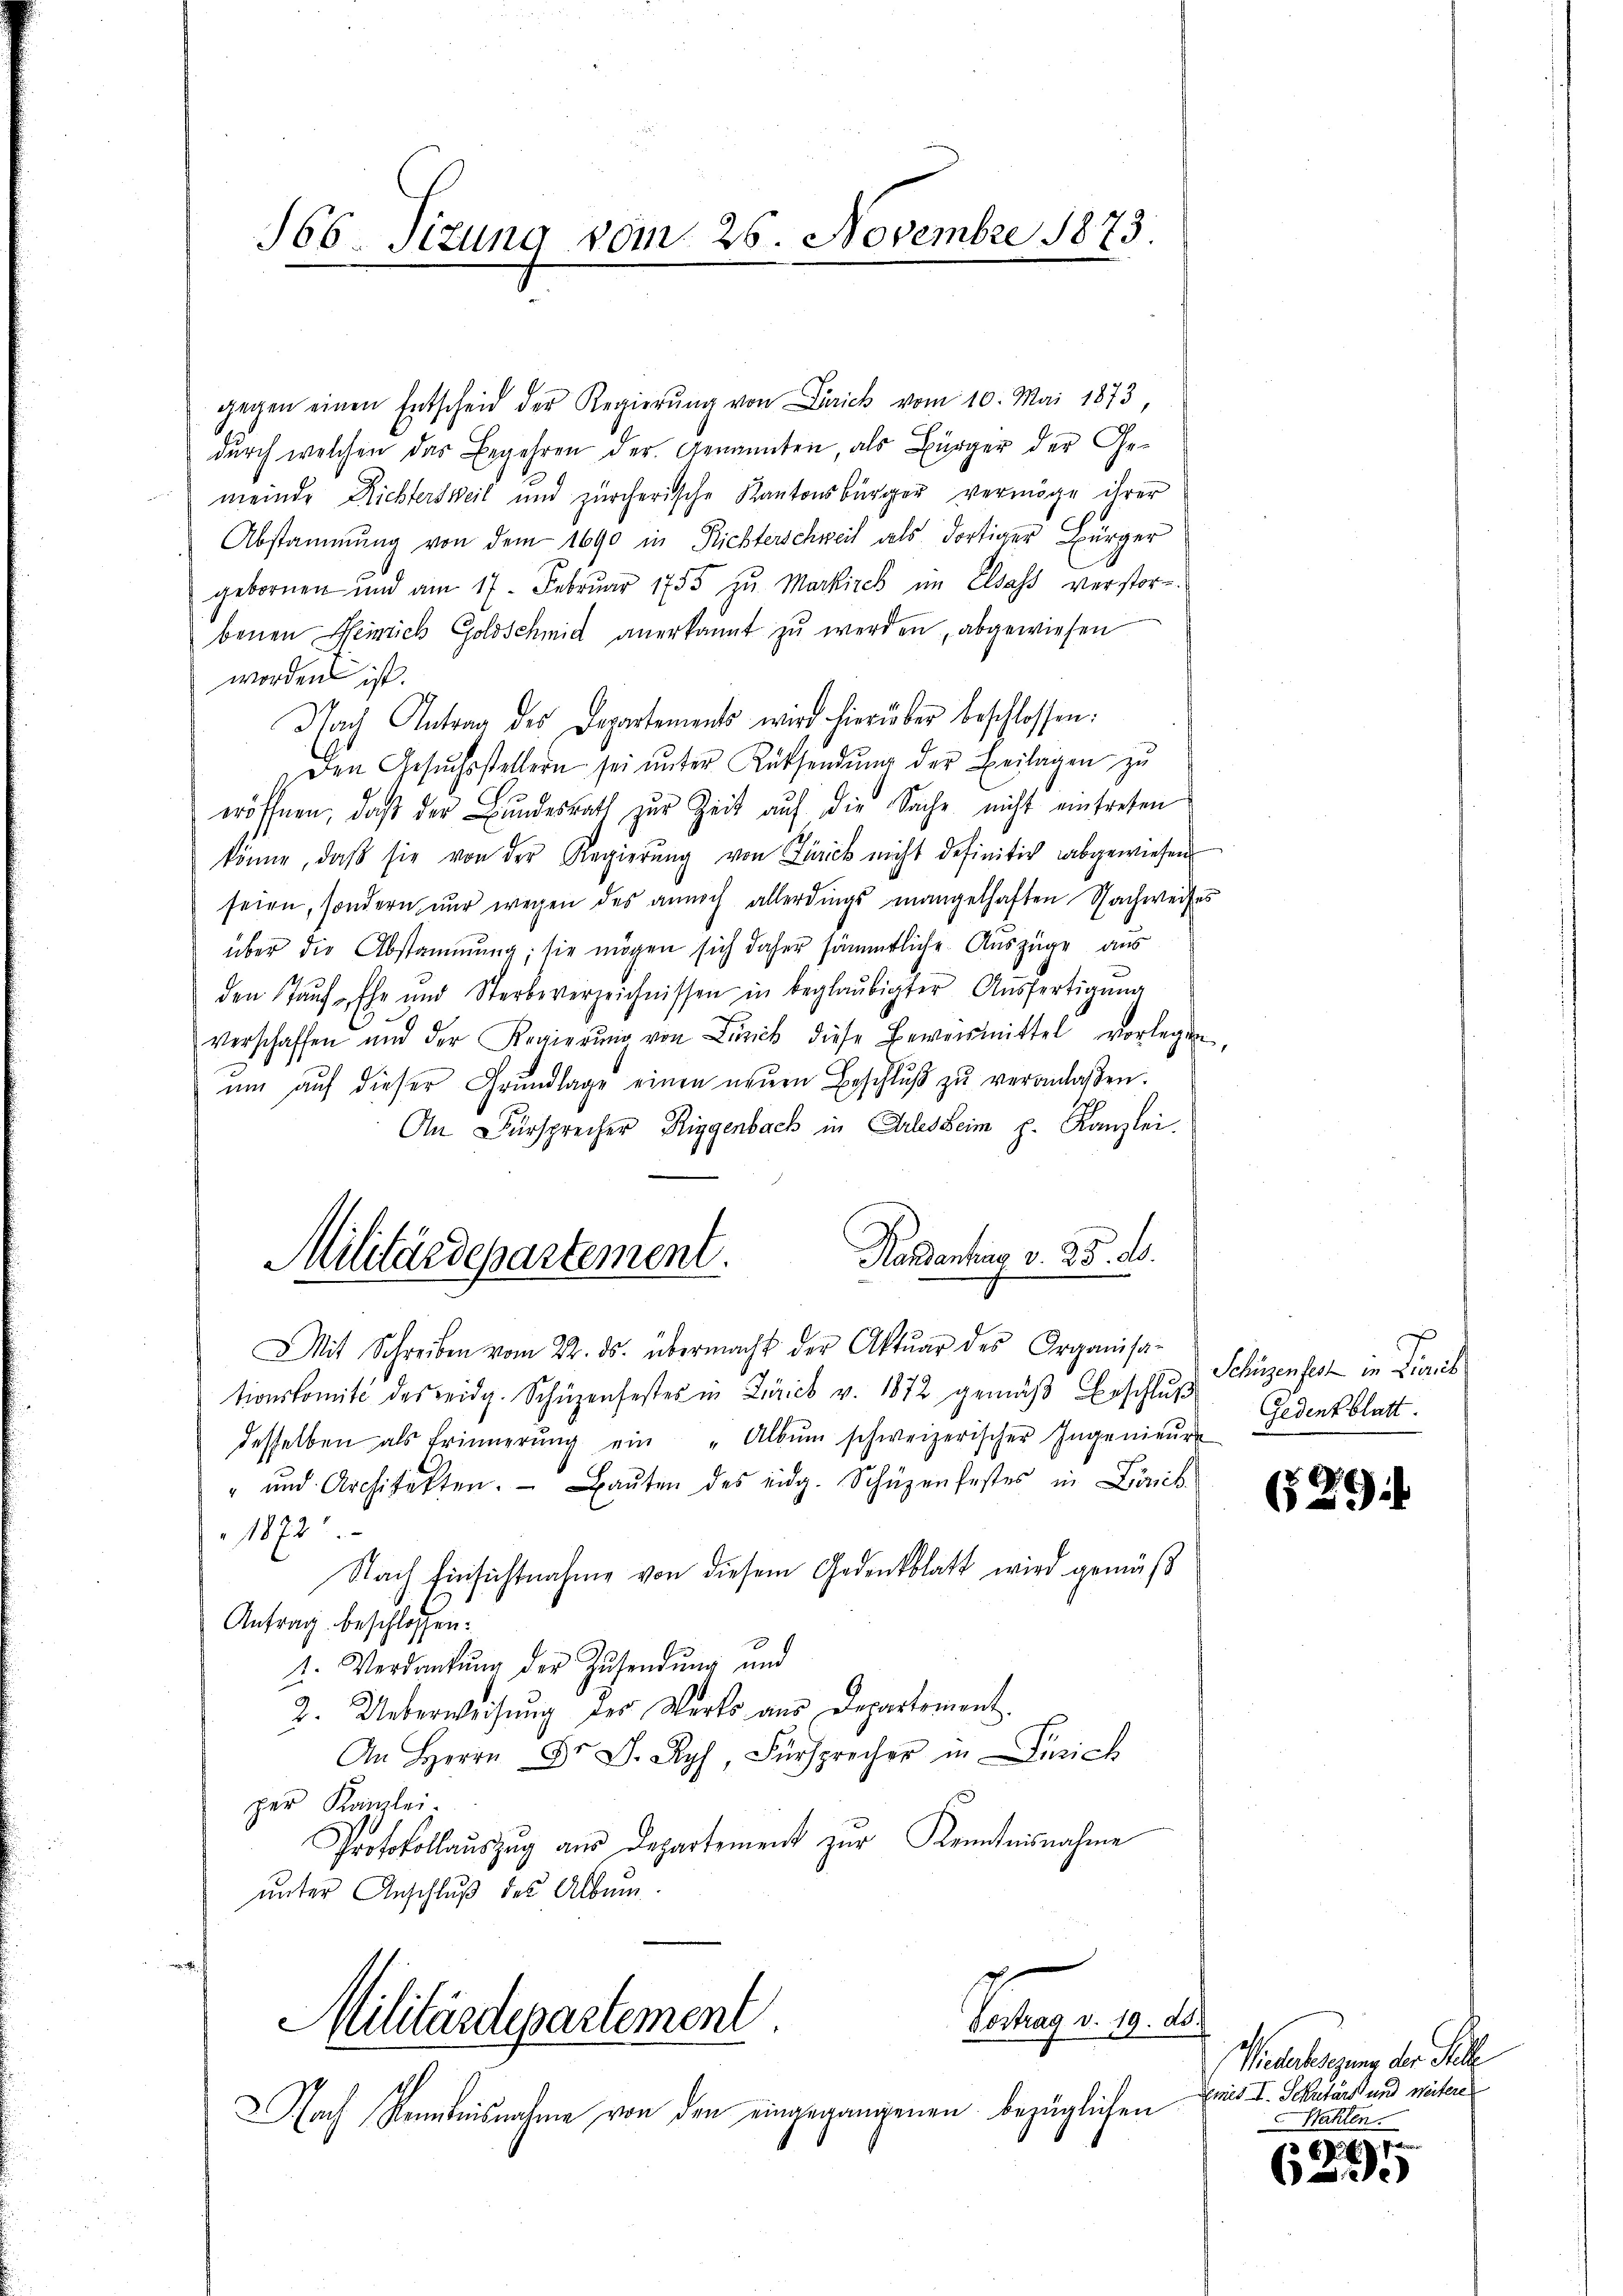
166. Sizung vom 26. Novembre 1873.

gegen einen Entscheid der Regierŭng von Frick vom 10. Mai 1873,
durch welchen das Begehren der Genannten, als Bürger der Gemeinde Richtersweil und zürcherische Kantonsbürger vermöge ihrer
Abstammung von dem 1690 in Richterschweil als dortiger Bürger
gebornen und am 17. Februar 1755 zu Markirch im Elsass verstor-
benen Heinrich Goldschmid anerkannt zu werden, abgewiesen
worden ist.
Nach Antrag des Departements wird hierüber beschlossen:
Den Gesuchsstellern sei ŭnter Rücksendung der Beilagen zu
eröffnen, daβ der Bŭndesrath zŭr Zeit aŭf die Sache nicht eintreten
könne, daβ sie von der Regierŭng von Zürick nicht definitiv abgewiesen
seien, sondern nur wegen des annoch allerdings mangelhaften Nachweises
über die Abstammung, sie mögen sich daher sämmtliche Auszüge aus
den Tauf- Ehe und Sterbeverzeichnissen in beglaubigter Aŭsfertigung
verschaffen und der Regierŭng von Zürich diese Beweismittel vorlegen,
ŭm aŭf dieser Grŭndlage einen neŭen Beschlŭβ zŭ veranlassen.
An Fürsprecher Riggenbach in Arlesheim p. Kanzlei.
Handenten v. 25. d.
Mit Schreiben vom 22. ds. übermacht der Aktuar des Organisa-
tionskomité des eidg. Schüzenfestes in Zürich v. 1872 gemäβ beschlŭβ
desselben als Erinnerŭng ein "Albŭm schweizerischer Ingenieŭr
" und Architekten. Baŭten des eidg. Schüzenfestes in Lanik
1872
Nach Einsichtnahme von diesem Gedenkblatt wird gemäß
Antrag beschlossen.
1. Verdankŭng der Zŭsendung und
2. Ueberweisŭng der Werts aus Departement
  .. Fürsprecher in Zürich
per Kanzlei-
Protokollauszug aus Departement zur Kenntnisnahme
unter Anschluß des Album.
Vertrag v. 19. ds.
Militärdepartement
Nach Kenntnisnahme von den eingegangenen bezüglichen

Militärdepartement.

Schüzenfest in Firnis
Gedent blatt.

629

.
Wiederbesezung der Stelle
Emies I. Schutars und weitere
Wahlen

8 l. J. J. a
)